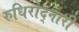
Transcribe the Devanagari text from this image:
रुधिरोद्नारी